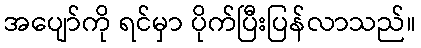
အပျော်ကို ရင်မှာ ပိုက်ပြီးပြန်လာသည်။